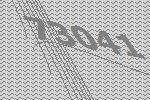
73041